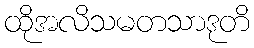
ထိုအလိသမတသာဒုတိ